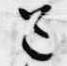
送